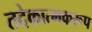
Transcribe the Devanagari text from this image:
तदेकात्मकरूप